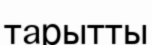
тарытты